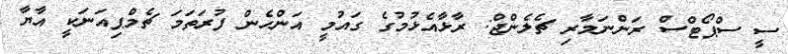
ސީ ސްޕޯޓްސް ރަންނަމާރި ޗެލެންޖް: ރާޅާއެޅުމުގެ ގައުމީ އަންހެން ފުރަތަމަ ޗެމްޕިއަނަކީ އާޔާ